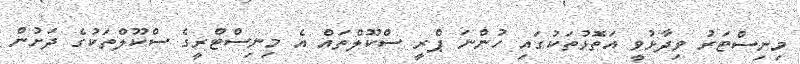
މިނިސްޓަރު ވިދާޅުވީ އަތޮޅުތަކުގައި ހުންނަ ޕްރީ ސްކޫލްތައް އެ މިނިސްޓްރީގެ ސްކޫލްތަކުގެ ދަށުން